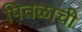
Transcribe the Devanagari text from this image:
पितळाची